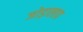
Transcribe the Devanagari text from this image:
जोड़ालाप